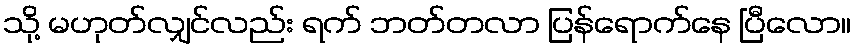
သို့ မဟုတ်လျှင်လည်း ရက် ဘတ်တလာ ပြန်ရောက်နေ ပြီလော။